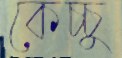
কেচ্চু